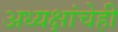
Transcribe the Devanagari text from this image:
अध्यक्षांचेही